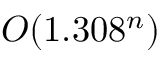
O ( 1 . 3 0 8 ^ { n } )